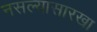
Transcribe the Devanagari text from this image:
नसल्यासारखा